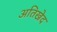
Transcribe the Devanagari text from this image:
अतिखेद